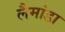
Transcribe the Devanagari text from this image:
लैमांडा